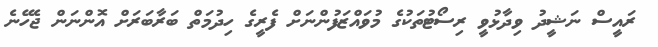
ރައީސް ނަޝީދު ވިދާޅުވީ ރިސޯޓުތަކުގެ މުވައްޒަފުންނަށް ފެރީގެ ހިދުމަތް ބަރާބަރަށް އޮންނަން ޖެހޭނެ